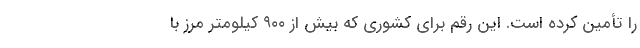
را تأمین کرده است. این رقم برای کشوری که بیش از ۹۰۰ کیلومتر مرز با